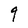
Character: q